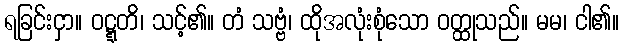
ရခြင်းငှာ။ ဝဋ္ဋတိ၊ သင့်၏။ တံ သဗ္ဗံ၊ ထိုအလုံးစုံသော ဝတ္ထုသည်။ မမ၊ ငါ၏။